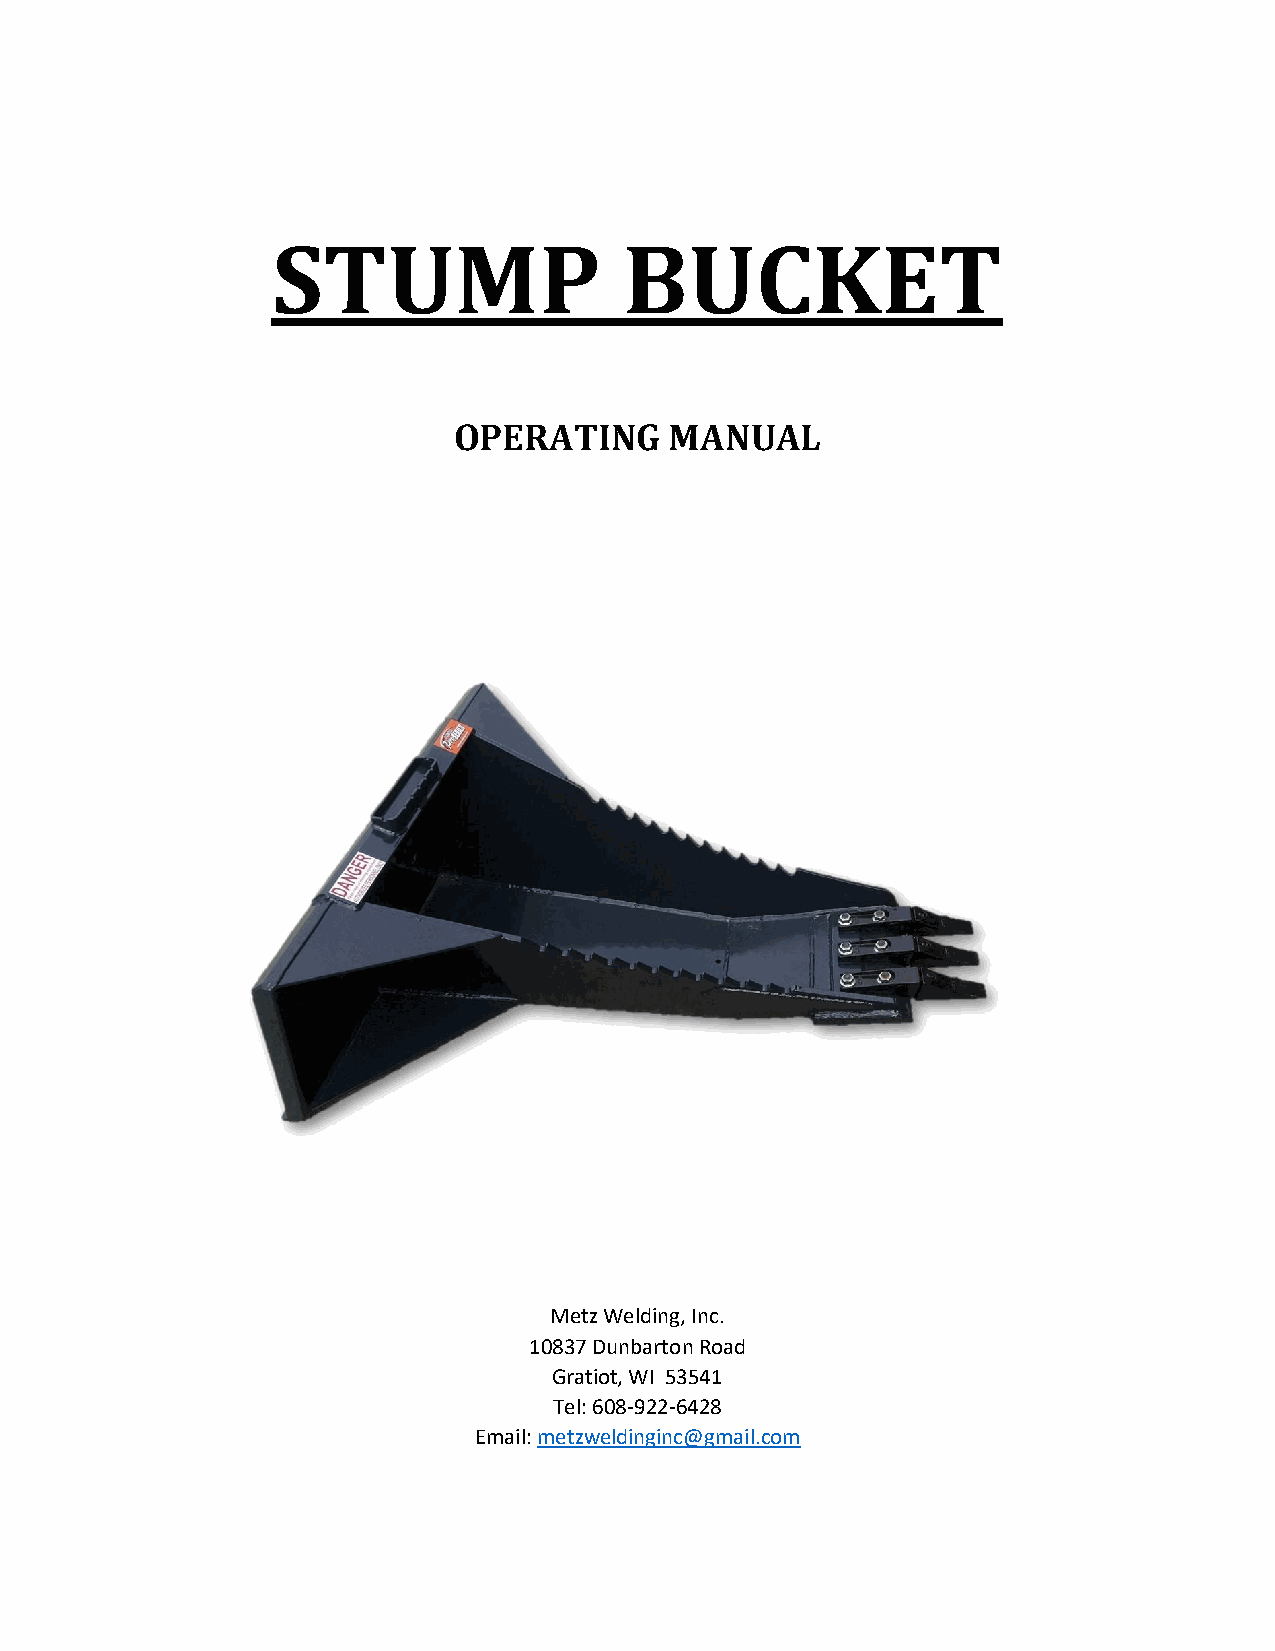
STUMP                  BUCKET
 OPERATING     MANUAL
 Metz Welding, Inc.
 10837 Dunbarton Road
 Gratiot, WI 53541
 Tel: 608-922-6428
 Email: metzweldinginc@gmail.com